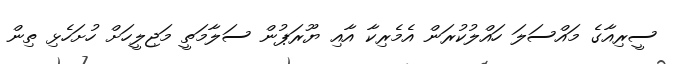
ސީރިއާގެ މައްސަލަ ހައްލުކުރަން އެމެރިކާ އާއި ޔޫރަޕުން ސަލާމަތީ މަޖިލީހަށް ހުށަހެޅި ތިން